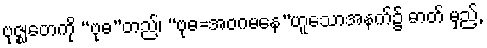
ဗုဇ္ဈတေကို “ဗုဓ”တည်၊ “ဗုဓ=အဝဂမနေ”ဟူသောအနက်၌ ဓာတ် မှည့်,